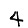
Digit: 4